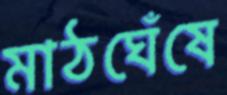
মাঠঘেঁষে